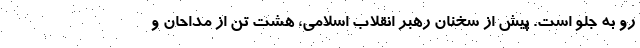
رو به جلو است. پیش از سخنان رهبر انقلاب اسلامی، هشت تن از مداحان و